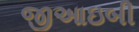
જીઆઇબી